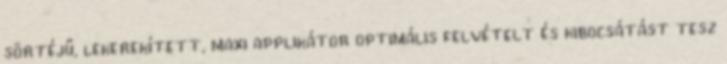
sörtéjű, lekerekített, maxi applikátor optimális felvételt és kibocsátást tesz